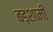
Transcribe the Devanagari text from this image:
बड़शामी